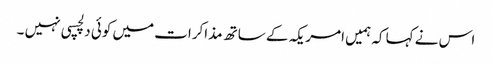
اس نے کہا کہ ہمیں امریکہ کے ساتھ مذاکرات میں کوئی دلچسپی نہیں ۔